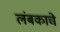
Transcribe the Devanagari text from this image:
लंबकाचे